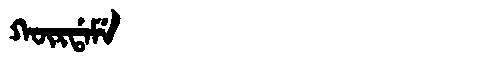
Manchu: ᡴᡡᡵᡩᠠᠮᡝ
Romanization: KŪRDAME